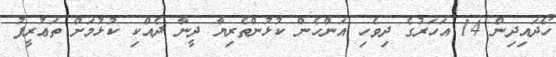
ހޯދައިދިން 14 އަހަރުގެ ދިވެހި އަންހެން ކުޅުންތެރިޔާ ދީނާ ދެއްކި ކުޅުމަށް ތަޢުރީފު